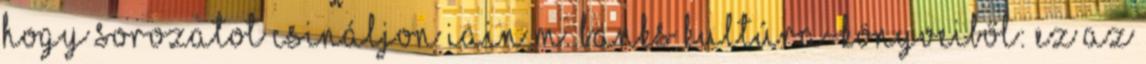
hogy sorozatot csináljon Iain M. Banks Kultúra-könyveiből: ez az